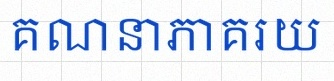
គណនាភាគរយ